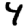
Digit: 4